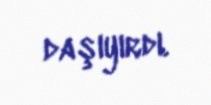
daşıyırdı.